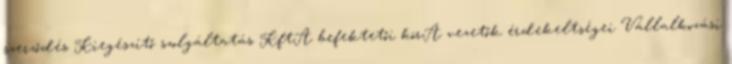
szerződés Kiegészítő szolgáltatás KftA befektetői körA vezetők érdekeltségei Vállalkozási